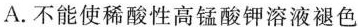
A.不能使稀酸性高锰酸钾溶液褪色